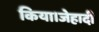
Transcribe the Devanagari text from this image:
किया।जेहादी